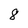
Character: 8